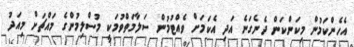
އެހެންކަމުން މިކަންކަން ދެނެގަނެ އަދި އެކަމަށް ވެއްޓުމުން ސަލާމަތްވުމަކީ މުސްލިމުންގެ މައްޗަށް މިއަދު